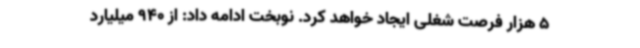
5 هزار فرصت شغلی ایجاد خواهد کرد. نوبخت ادامه داد: از 940 میلیارد